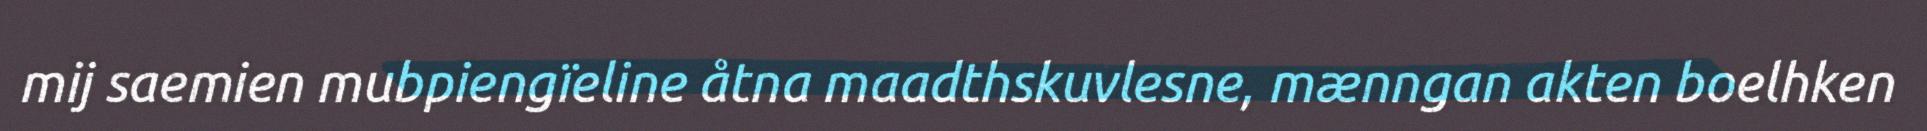
mij saemien mubpiengïeline åtna maadthskuvlesne, mænngan akten boelhken